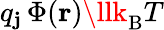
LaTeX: q_{\mathbf{j}}\, \Phi(\mathbf{{r}})\llk_{\mathrm{{{B}}}}T